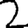
Digit: 2